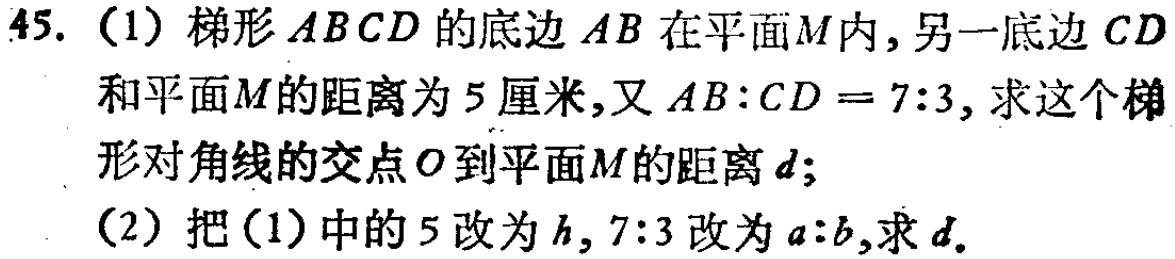
45. (1) 梯形 \(ABCD\) 的底边 \(AB\) 在平面 \(M\) 内，另一底边 \(CD\) 和平面 \(M\) 的距离为 \(5\) 厘米，又 \(AB:CD = 7:3\)，求这个梯形对角线的交点 \(O\) 到平面 \(M\) 的距离 \(d\)；
(2) 把 (1) 中的 \(5\) 改为 \(h\)，\(7:3\) 改为 \(a:b\)，求 \(d\)。